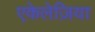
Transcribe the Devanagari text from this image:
एकेलेज़िया